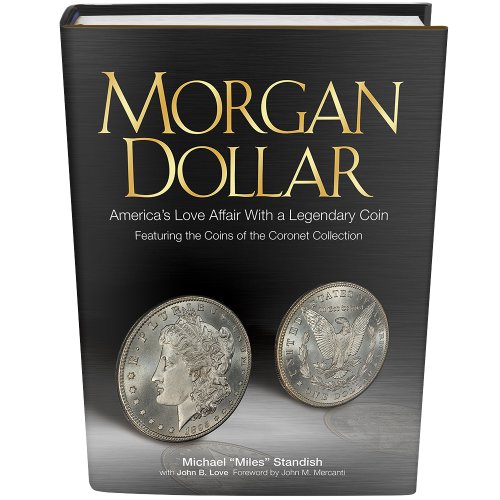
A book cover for Morgan Dollar: America's Love Affair with a Legendary Coin; Michael 'Miles' Standish; Crafts, Hobbies & Home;